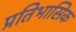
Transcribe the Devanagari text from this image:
प्रतिभासिक